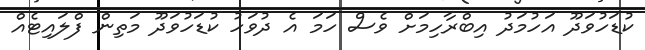
ކުޑަހުވަދޫ އަހުމަދު އިބްރާހިމަށް ވެސް ހަމަ އެ ދުވަހު ކުޑަހުވަދޫ މަތިން ފްލައިޓެއް